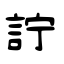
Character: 詝